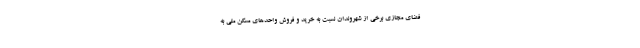
فضای مجازی برخی از شهروندان نسبت به خرید و فروش واحدهای مسکن ملی به